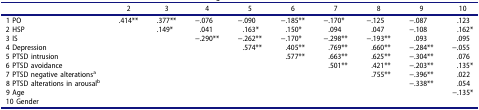
<table><thead><tr><td><b> </b></td><td><b>2</b></td><td><b>3</b></td><td><b>4</b></td><td><b>5</b></td><td><b>6</b></td><td><b>7</b></td><td><b>8</b></td><td><b>9</b></td><td><b>10</b></td></tr></thead><tbody><tr><td>1 PO</td><td>.414**</td><td>.377**</td><td>−.076</td><td>−.090</td><td>−.185**</td><td>−.170*</td><td>−.125</td><td>−.087</td><td>.123</td></tr><tr><td>2 HSP</td><td> </td><td>.149*</td><td>.041</td><td>.163*</td><td>.150*</td><td>.094</td><td>.047</td><td>−.108</td><td>.162*</td></tr><tr><td>3 IS</td><td> </td><td> </td><td>−.290**</td><td>−.262**</td><td>−.170*</td><td>−.298**</td><td>−.193**</td><td>.093</td><td>.095</td></tr><tr><td>4 Depression</td><td> </td><td> </td><td> </td><td>.574**</td><td>.405**</td><td>.769**</td><td>.660**</td><td>−.284**</td><td>−.055</td></tr><tr><td>5 PTSD intrusion</td><td> </td><td> </td><td> </td><td> </td><td>.577**</td><td>.663**</td><td>.625**</td><td>−.304**</td><td>.076</td></tr><tr><td>6 PTSD avoidance</td><td> </td><td> </td><td> </td><td> </td><td> </td><td>.501**</td><td>.421**</td><td>−.203**</td><td>.135*</td></tr><tr><td>7 PTSD negative alterations<sup>a</sup></td><td> </td><td> </td><td> </td><td> </td><td> </td><td> </td><td>.755**</td><td>−.396**</td><td>.022</td></tr><tr><td>8 PTSD alterations in arousal<sup>b</sup></td><td> </td><td> </td><td> </td><td> </td><td> </td><td> </td><td> </td><td>−.338**</td><td>.054</td></tr><tr><td>9 Age</td><td> </td><td> </td><td> </td><td> </td><td> </td><td> </td><td> </td><td> </td><td>−.135*</td></tr><tr><td>10 Gender</td><td> </td><td> </td><td> </td><td> </td><td> </td><td> </td><td> </td><td> </td><td> </td></tr></tbody></table>